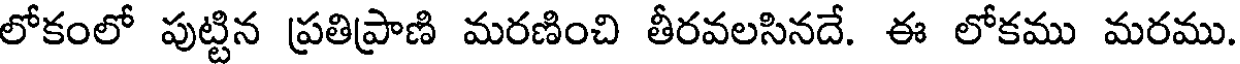
లోకంలో పుట్టిన ప్రతిప్రాణి మరణించి తీరవలసినదే. ఈ లోకము మరము.